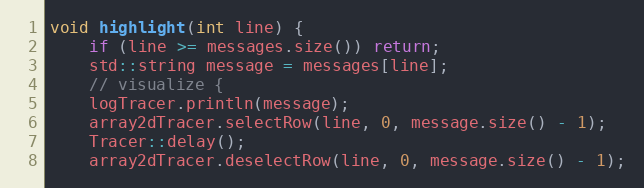
Language: C++
void highlight(int line) {
    if (line >= messages.size()) return;
    std::string message = messages[line];
    // visualize {
    logTracer.println(message);
    array2dTracer.selectRow(line, 0, message.size() - 1);
    Tracer::delay();
    array2dTracer.deselectRow(line, 0, message.size() - 1);